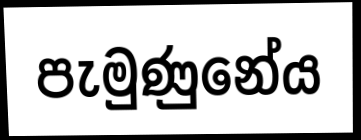
පැමුණුනේය